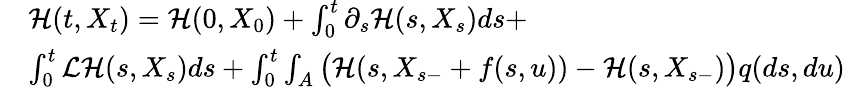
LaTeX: \begin{array}{rl}&{{\mathcal H}(t,X_{t})={\mathcal H}(0,X_{0})+\int_{0}^{t}\partial_{s}{\mathcal H}(s,X_{s})ds+}\\ &{\int_{0}^{t}\mathcal{L}\mathcal{H}(s,X_{s})ds+\int_{0}^{t}\int_{A}\big({\mathcal H}(s,X_{s-}+f(s,u))-{\mathcal H}(s,X_{s-})\big)q(ds,du)}\end{array}